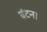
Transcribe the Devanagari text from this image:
बंटन।